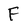
Character: F